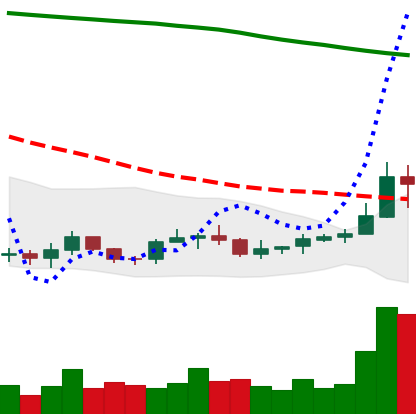
Ticker: ADA-USD
Chart end date: 2019-09-19
Forward return: -28.438%
Label: down_7plus